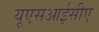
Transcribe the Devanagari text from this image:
यूएसआईसीए